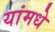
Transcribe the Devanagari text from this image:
यांमधे